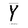
Character: Y